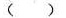
( )